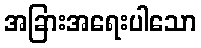
အခြားအရေးပါသော